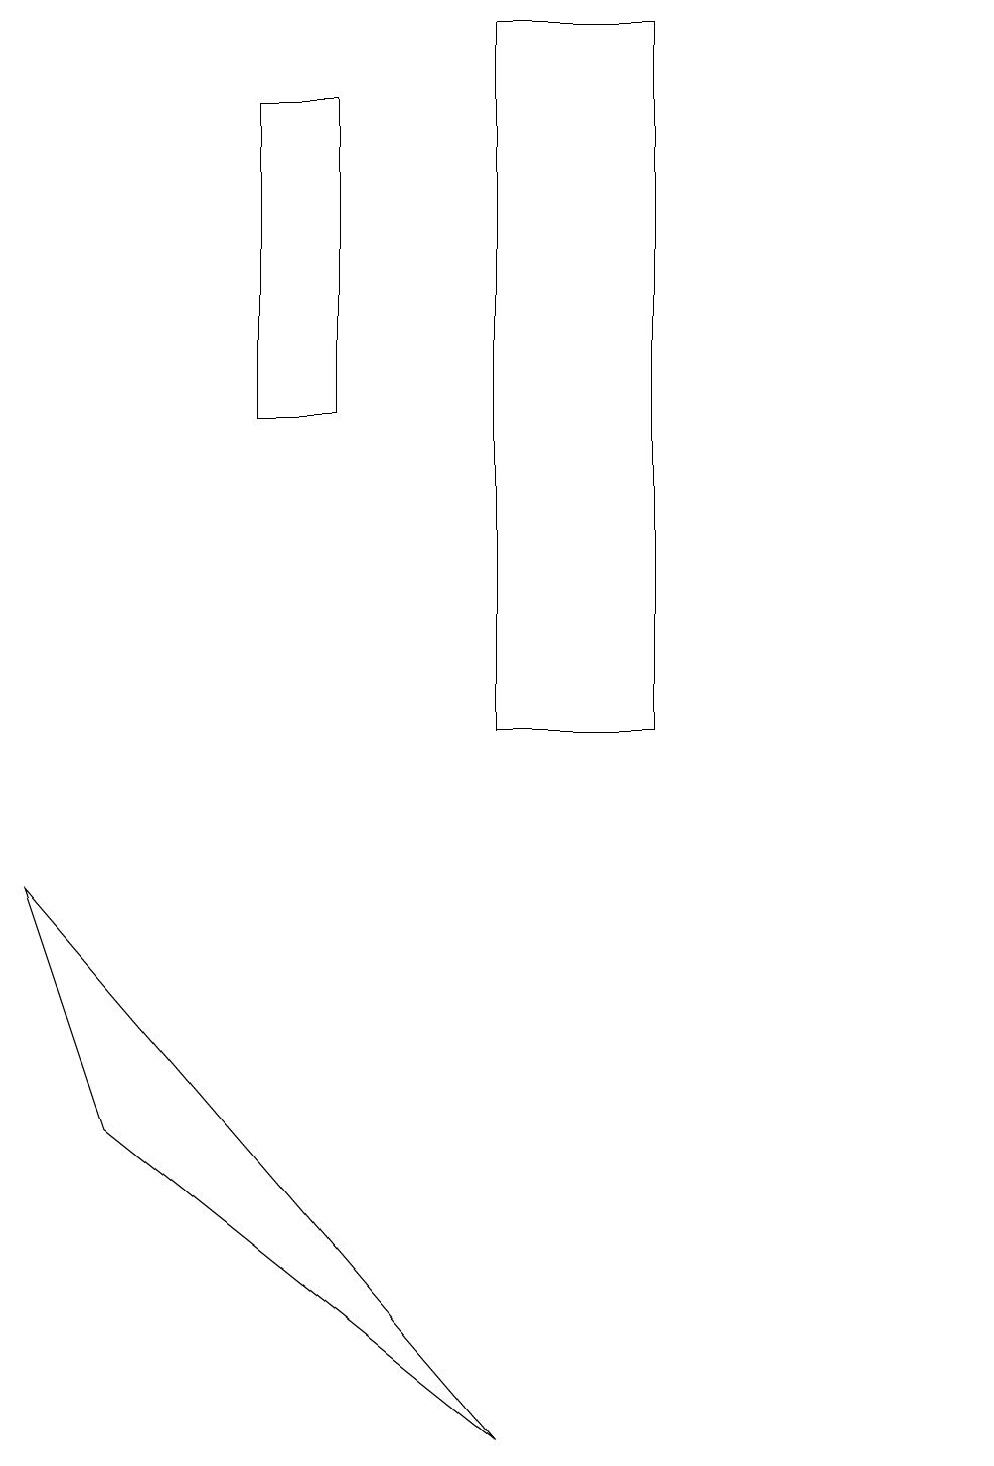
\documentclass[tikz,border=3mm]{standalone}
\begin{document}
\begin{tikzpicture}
\draw (12,10) circle (0);
\draw (3,14) rectangle (4,18);
\draw (1,5) -- (0,8) -- (6,1) -- cycle;
\draw (8,19) rectangle (6,10);
\draw (11,12) circle (0);
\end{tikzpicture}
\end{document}